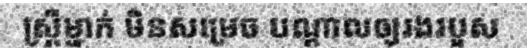
ស្ត្រីម្នាក់ មិនសម្រេច បណ្តាលឲ្យរងរបួស